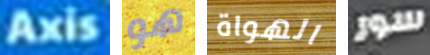
Axis هو الهواة سور